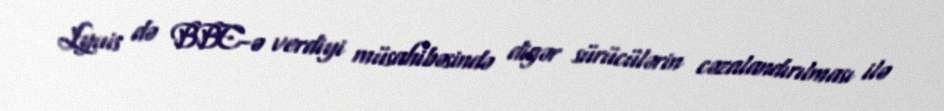
Lyuis də BBC-ə verdiyi müsahibəsində digər sürücülərin cəzalandırılması ilə